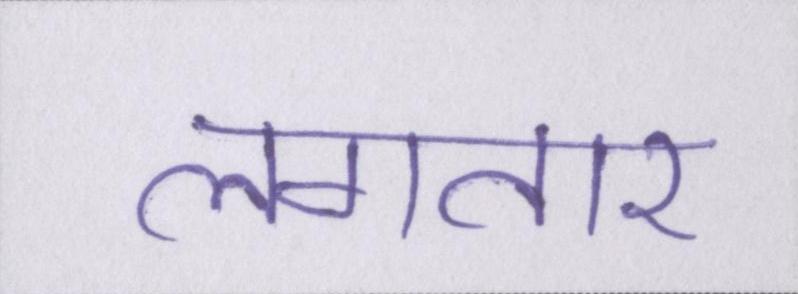
लगतार